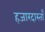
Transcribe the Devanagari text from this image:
हजारदास्ताँ